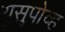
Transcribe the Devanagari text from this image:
युसुपोव्ह